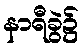
နာရီခွဲ၌